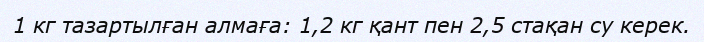
1 кг тазартылған алмаға: 1,2 кг қант пен 2,5 стақан су керек.